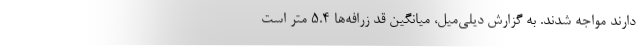
دارند مواجه شدند. به گزارش دیلی‌میل، میانگین قد زرافه‌ها ۵.۴ متر است